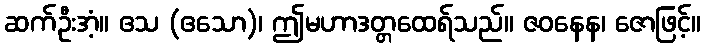
ဆက်ဦးအံ့။ ဧသ (ဧသော)၊ ဤမဟာဒတ္တထေရ်သည်။ ဇဝနေန၊ ဇောဖြင့်။